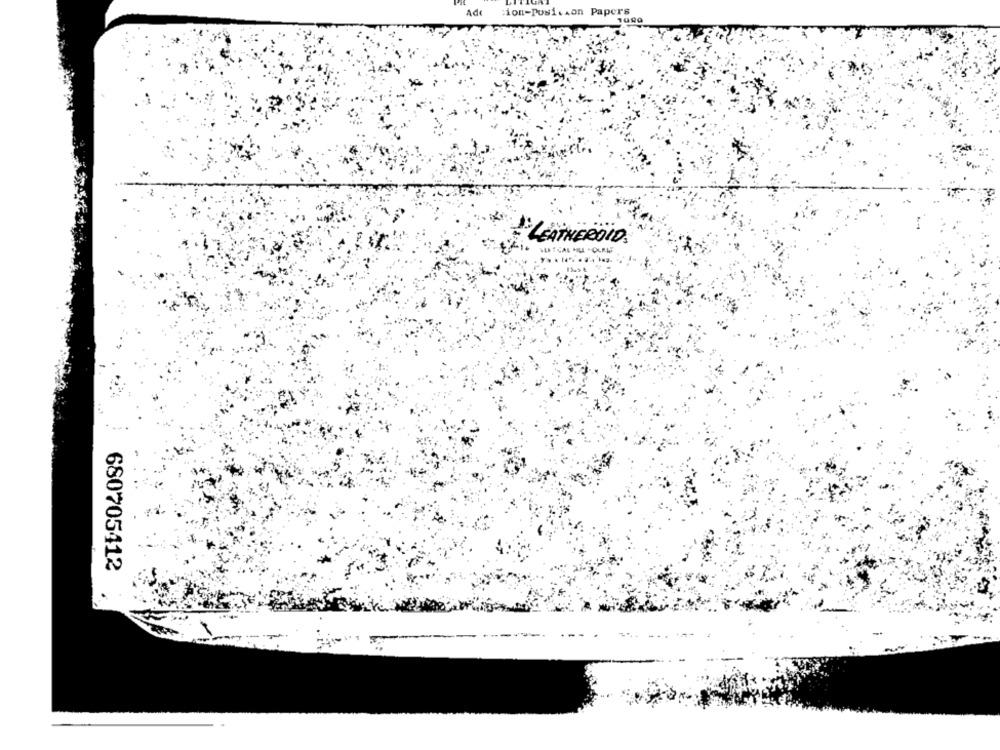
Ade
:ion-Position Papers
LEATHEROID.
680705412